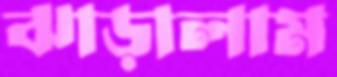
ঝাড়ালাম